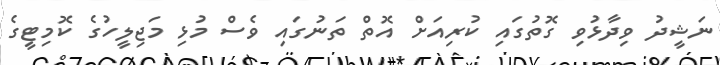
ނަޝީދު ވިދާޅުވި ގޮތުގައި ކުރިއަށް އޮތް ތަނުގައި ވެސްް މުޅި މަޖިލީހުގެ ކޮމިޓީގެ